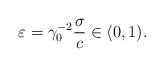
LaTeX: \begin{align*}\varepsilon=\gamma_{0}^{-2}\frac{\sigma}{c}\in\langle0,1).\end{align*}